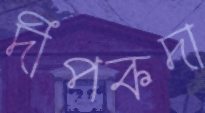
দীপকদা